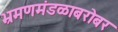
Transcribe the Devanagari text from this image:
भ्रमणमंडळाबरोबर